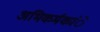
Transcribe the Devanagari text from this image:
अभिकर्मकांे